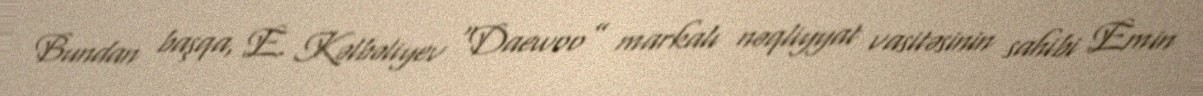
Bundan başqa, E. Kəlbəliyev “Daewoo” markalı nəqliyyat vasitəsinin sahibi Emin